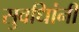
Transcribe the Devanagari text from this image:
सुवधिांनी